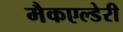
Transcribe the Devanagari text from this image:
मैकएल्डेरी